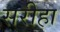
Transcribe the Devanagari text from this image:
सरीहा